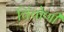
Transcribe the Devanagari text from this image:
चिंचोणी